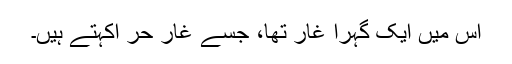
اس میں ایک گہرا غار تھا، جسے غارِ حر اکہتے ہیں۔